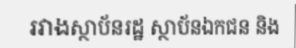
រវាងស្ថាប័នរដ្ឋ ស្ថាប័នឯកជន និង